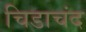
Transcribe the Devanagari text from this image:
चिडाचंद